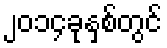
၂၀၁၄ခုနှစ်တွင်